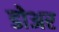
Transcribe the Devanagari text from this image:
डोअर